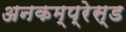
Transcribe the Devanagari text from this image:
अनकम्प्रेस्ड